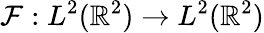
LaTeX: \mathcal{F}:{L^{2}(\mathbb{R}^{2})}\to{L^{2}(\mathbb{R}^{2})}